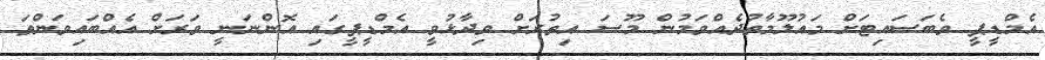
އެމްޑީޕީ ވެބަސައިޓަށް މައުލޫމާތުދެއްވަމުން މޫސަ އިތުރަށް ވިދާޅުވީ އެމްޑީޕީގައި އޮންނަނީ ވަރަށް އެއްބައިވަންތަ